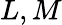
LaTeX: L,M